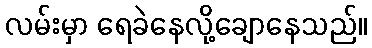
လမ်းမှာ ရေခဲနေလို့ချောနေသည်။